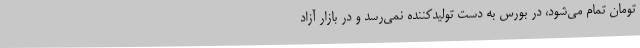
تومان تمام می‌شود، در بورس به دست تولیدکننده نمی‌رسد و در بازار آزاد